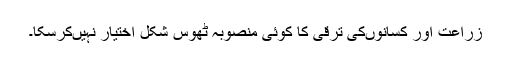
زراعت اور کسانوںکی ترقی کا کوئی منصوبہ ٹھوس شکل اختیار نہیںکرسکا۔